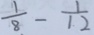
\frac { 1 } { 8 } - \frac { 1 } { 1 2 }